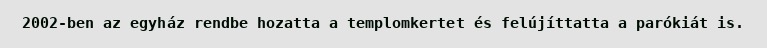
2002-ben az egyház rendbe hozatta a templomkertet és felújíttatta a parókiát is.